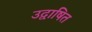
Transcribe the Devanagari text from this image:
उद्वाषित